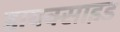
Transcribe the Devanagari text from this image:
डायक्साइड